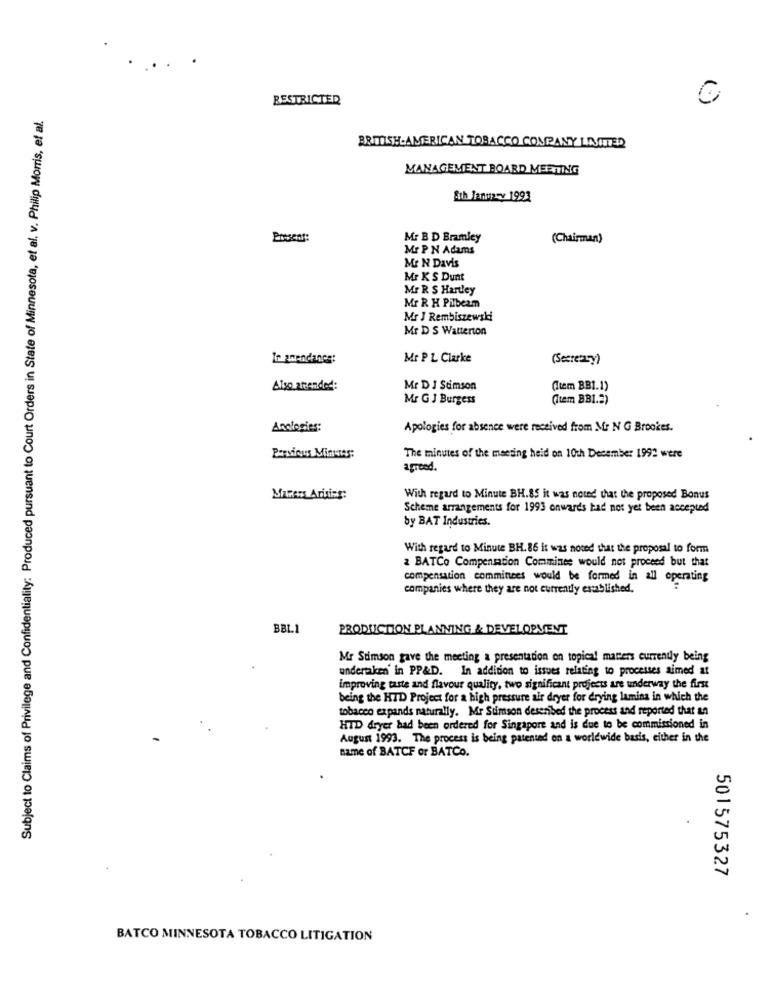
.
RESTRICTED
()
Subject to Claims of Privilege and Confidentiality: Produced pursuant to Court Orders in State of Minnesota, et al. v. Philip Morris, et al.
BRITISH AMERICAN TOBACCO COMPANY LAJUTED
MANAGEMENT BOARD MEETING
Sth January 1993
Present:
Mr B D Bramley
(Chairman)
Mr P N Adams
Me N Davis
Mr K S Dunt
Mr R S Hartley
Mr R H Pilbeam
Mr J Rembiszewski
Mr D S Watterton
Ir anendance:
Mr P L Clarke
(Secretary)
Also attended:
Mr D J Stimson
(Item BB1.1)
Mr G J Burgess
(item BB1.2)
Analogies:
Apologies for absence were received from M: N G Brookes.
The minutes of the meeting heid on 10th December 1992 were
agreed.
Marens Arities:
With regard to Minute BH.85 it was noted that the proposed Bonus
Scheme arrangements for 1993 onwards had not yet been accepted
by BAT Industries.
With regard to Minute BH. 86 it was noted that the proposal to form
2 BATCo Compensation Comminee would not proceed but that
compensation comminces would be formed in all operating
companies where they are not currently established.
BBL1
PRODUCTION PLANNING & DEVELOPMENT
Mr Stimson gave the meeting a presentation on topical matters currently being
undertaken' in PP&D. In addition to issues relating to processes aimed at
improving taste and flavour quality, two significant projects are underway the first
being the HID Project for a high pressure air dryer for drying lamina in which the
tobacco expands naturally. Mr Simson described the process and reported that an
HTD dryer had been ordered for Singapore and is due to be commissioned in
August 1993. The process is being patented on a worldwide basis, either in the
name of BATCF or BATCo.
501575327
BATCO MINNESOTA TOBACCO LITIGATION